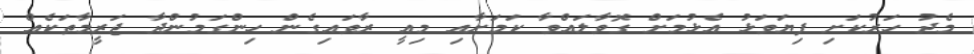
މެދު ހަރުކަށި ފިޔަވަޅު އެޅުމަށް ގޮވާލައްވާ ކަމަށާއި މިއީ ރާވައިގެން ހިންގަމުންދާ ޖަރީމާތަކެއް